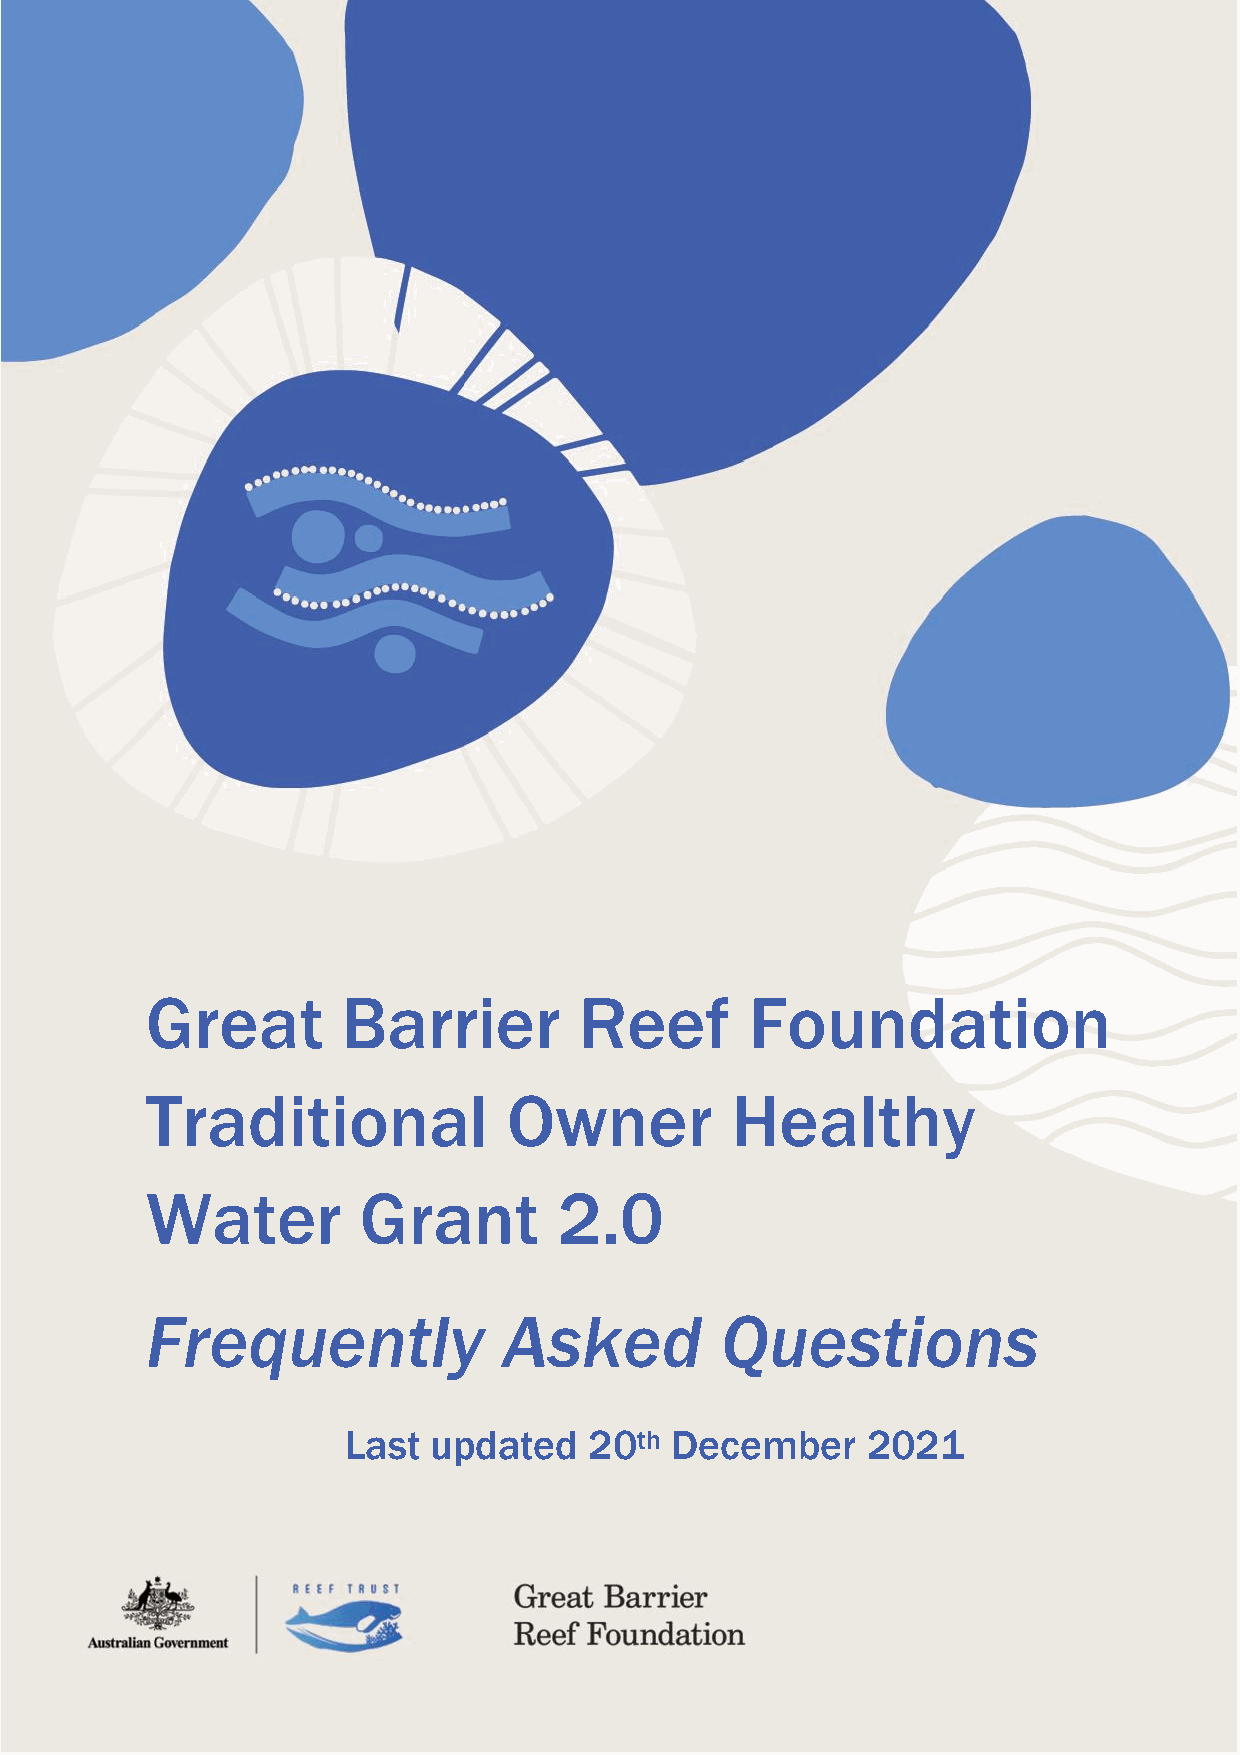
Great        Barrier        Reef        Foundation
 Traditional             Owner         Healthy
 Water         Grant        2.0
 Frequently             Asked          Questions
 Last updated    20th December     2021